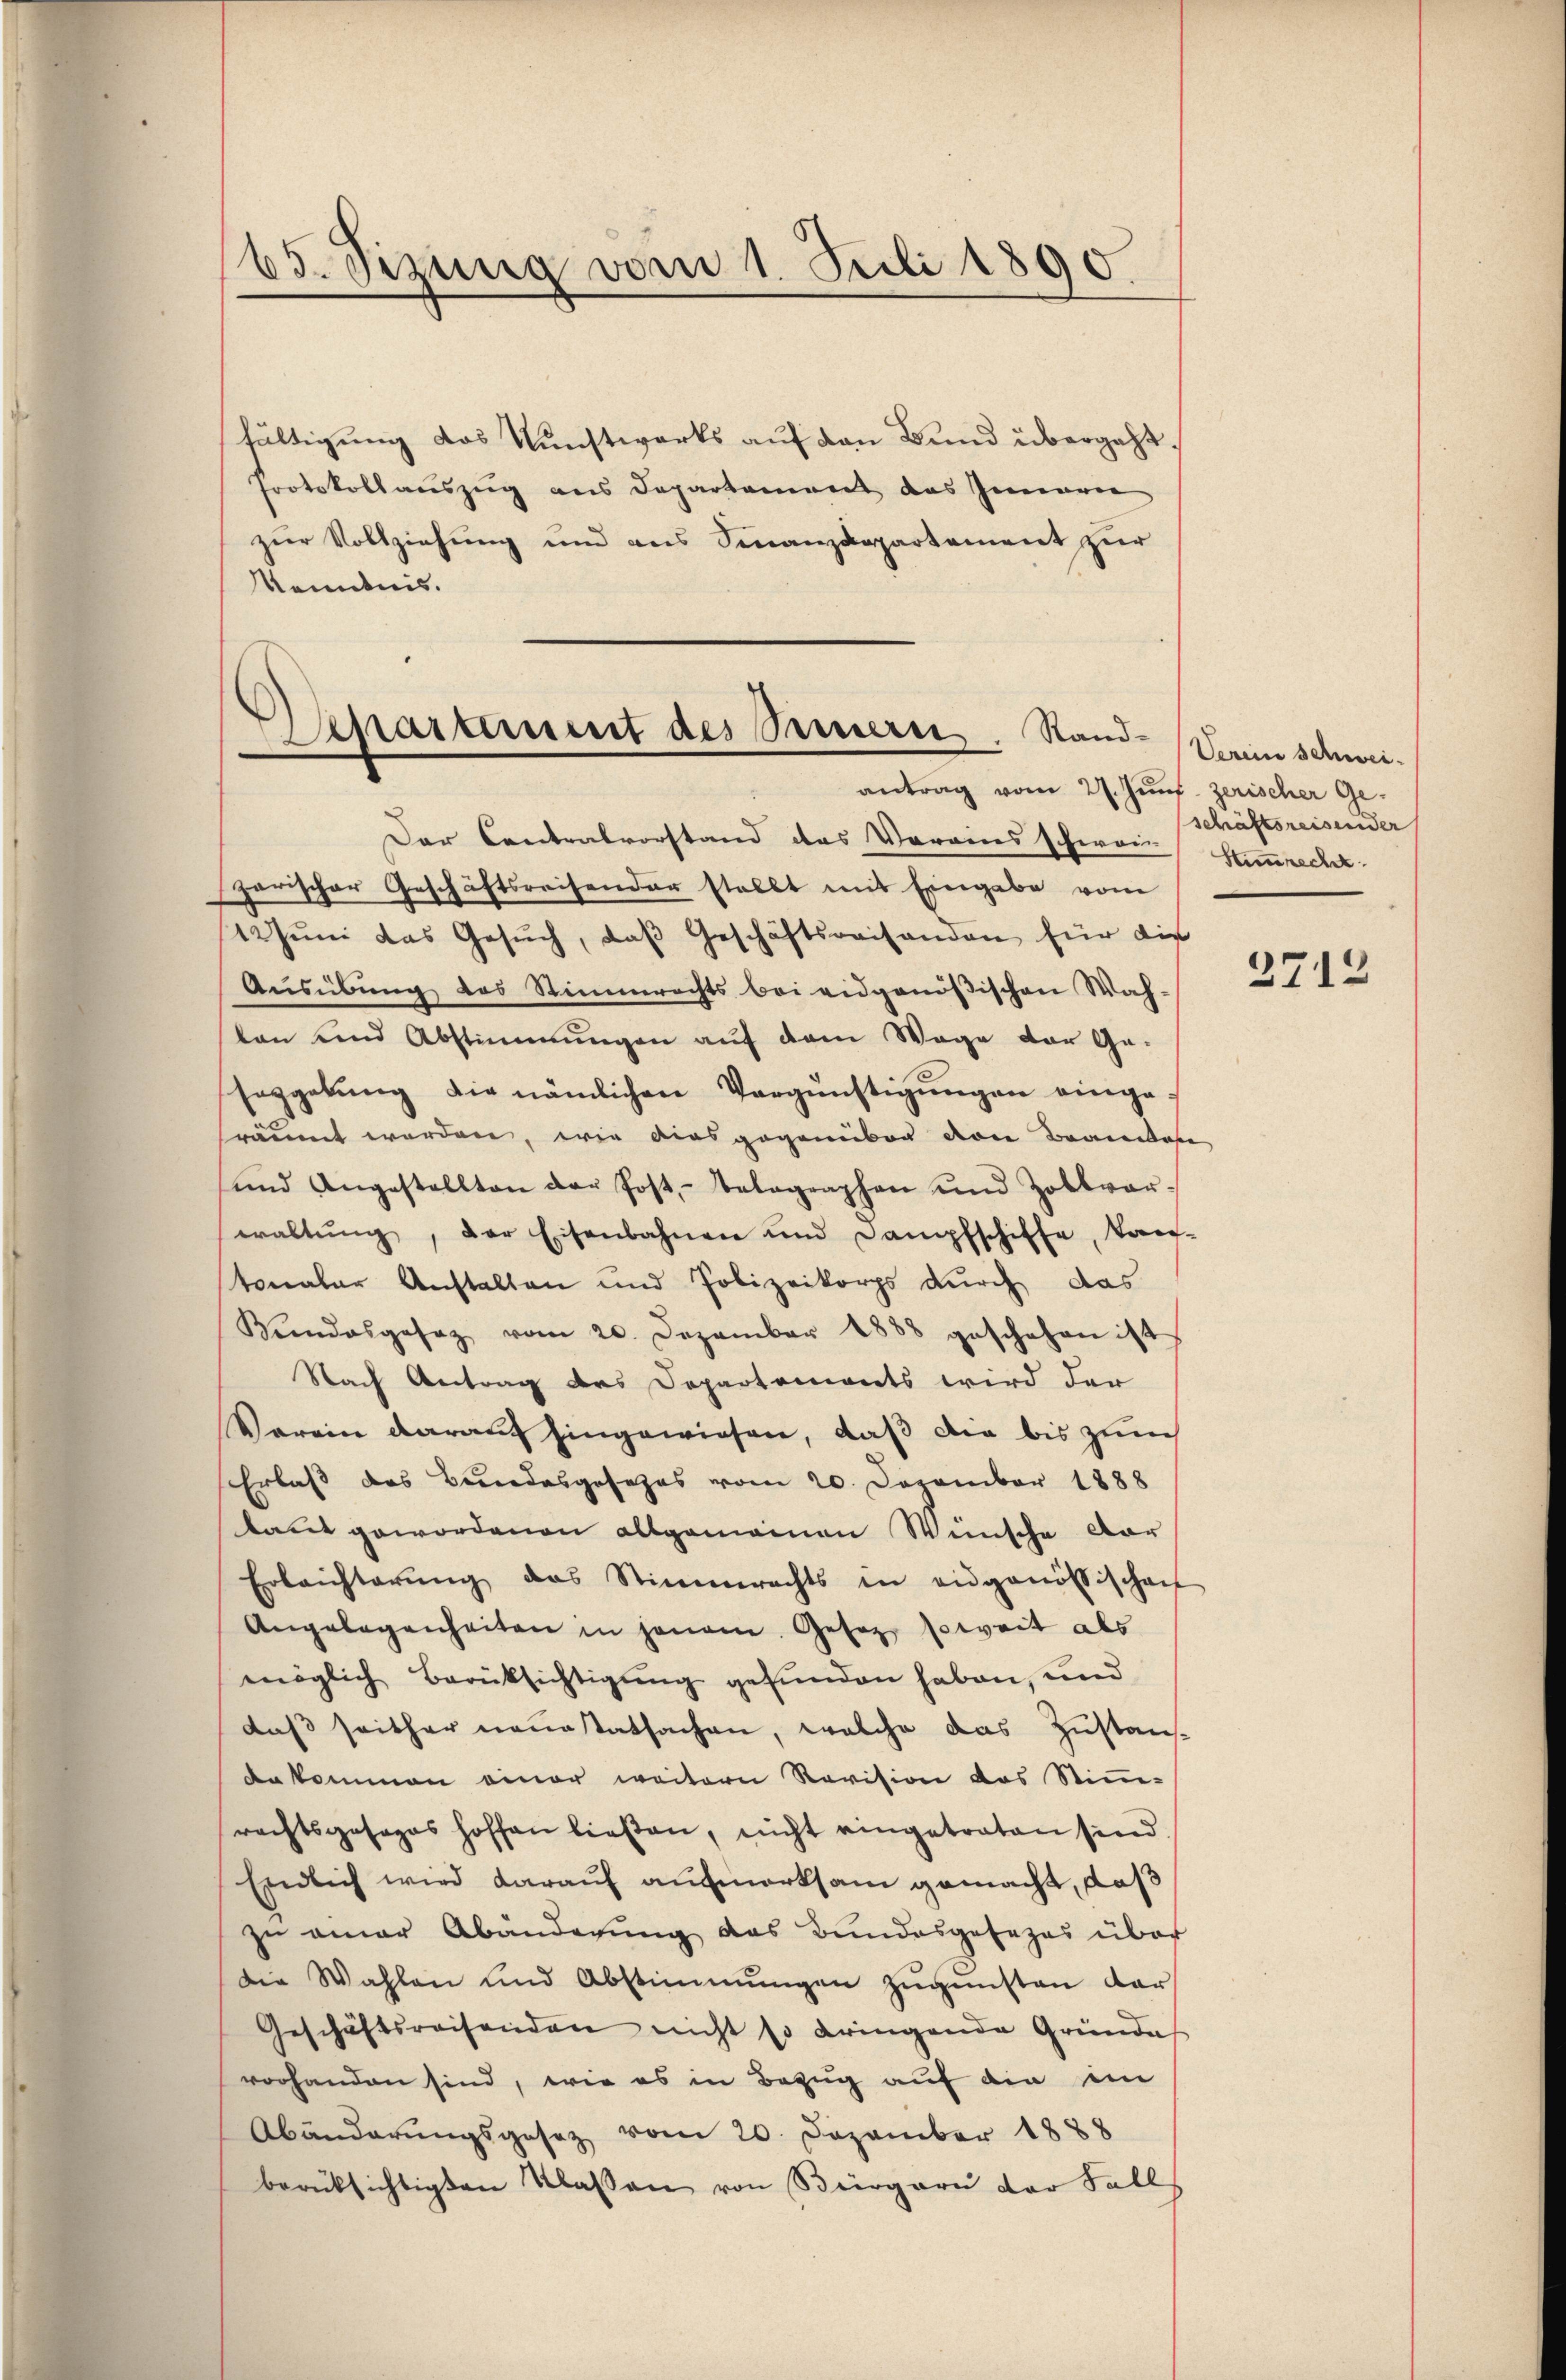
65. Sizung vom 1. Juli 1890

fältigung das Kunstwerks auf den Bund übergeht,
Protokollauszug aus Departement das Innern
zur Vollziehung und aus Finanzdepartement zur
Kenntnis.

Departement des Sennern. Sandantrag vom 27. Juni zerischer Ge¬

Vereine schweischäftsreisender

Der Contralvorstand das Verains schwere Stimmrecht
zarischer Geschäftsreisender stellt mit Eingabe vom
12Juni das Gesuch, das Geschäftsreisenden für die
Ausübung des Stimmrechts bei eidgenößischen Wah-
ten und Abstimmungen aŭf dem Wage der Ge-
seggebŭng die nämlichen Vergünstigungen eingeräumt werden, wie dies gegenüber von Brandase
und Angestellten der Post, telegraphen und Zollvor-
waltŭng, der Eisenbahnen und Dampfschiffe, kan-
tonaler Anstalten und Polizeikorps durch das
Beendesgesez vom 20. Dezember 1888 geschehen ist
Nach Antrag des Departements wird der
Verein darauf Eingewiesen, daß die bis zum
Erlass des Bundesgesezes vom 20. November 1888
laut gewordenen allgemeinen Wünsche dar
Erleichterŭng das Stimmrechts in eidgenössischen
Angelegenheiten in jenem. Gesetz soweit als
möglich Berücksichtigung gefunden haben, und
daβ seither neuestatsachen, welche das Zustan
da kommen einer weitern Revision das Stimm-
rechtsgesages hoffen ließen, nicht eingetraten sind
Endlich wird darauf aufmerksam gemacht, daß
zu einer Abänderung das Bundesgesezes über
die Wahlen und Abstimmungen zŭgensten dar
Geschäftsreisenden nicht so dringende Gründe
vorhanden sind, wie es in Bezug auf die im
Abänderŭngsgesetz vom 20. Dezember 1888
berücksichtigten Klassen von Bürgern der Fall

2712